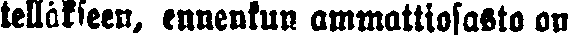
telläkseen, ennenkun ammattiosasto on